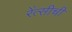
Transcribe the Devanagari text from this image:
रेंत्सीची